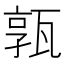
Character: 𤭞